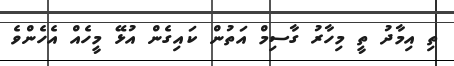
ތި އިމާދު ތީ މިހާރު ގާސިމް އަތުން ކައިގެން އުޅޭ މީހެއް އެހެންވެ